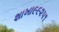
શાખા૯૯૨૫૧